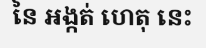
នៃ អង្កត់ ហេតុ នេះ